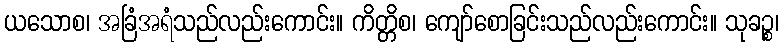
ယသောစ၊ အခြံအရံသည်လည်းကောင်း။ ကိတ္တိစ၊ ကျော်စောခြင်းသည်လည်းကောင်း။ သုခဉ္စ၊